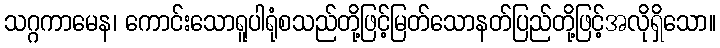
သဂ္ဂကာမေန၊ ကောင်းသောရူပါရုံစသည်တို့ဖြင့်မြတ်သောနတ်ပြည်တို့ဖြင့်အလိုရှိသော။